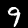
Label: 9